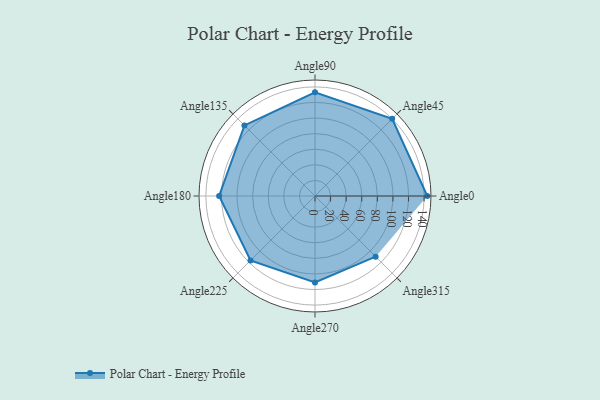
{"axis": {"x": "Angle", "y": "Radius"}, "legend": [""], "data": [{"x": "Angle0", "y": 144.0, "type": ""}, {"x": "Angle45", "y": 140.0, "type": ""}, {"x": "Angle90", "y": 133.0, "type": ""}, {"x": "Angle135", "y": 128.0, "type": ""}, {"x": "Angle180", "y": 123.0, "type": ""}, {"x": "Angle225", "y": 117.0, "type": ""}, {"x": "Angle270", "y": 111.0, "type": ""}, {"x": "Angle315", "y": 110.0, "type": ""}]}